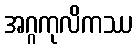
အဂ္ဂကုလိကဿ